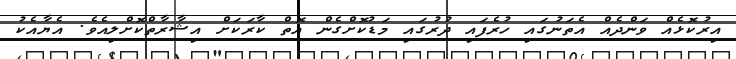
އިރުކޮޅެއް ވަންދެއް އެތަނުގައި ހުރެފައި ދުރުގައި މަޑުކޮށްގެން އޮތް ކާރަކަށް އިޝާރާތްކޮށްލިއެވެ. އެޔާއެކު